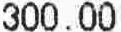
300.00